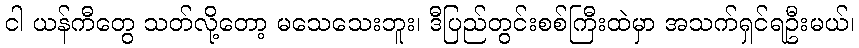
ငါ ယန်ကီတွေ သတ်လို့တော့ မသေသေးဘူး၊ ဒီပြည်တွင်းစစ်ကြီးထဲမှာ အသက်ရှင်ရဦးမယ်၊